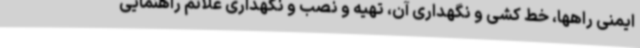
ایمنی راهها، خط کشی و نگهداری آن، تهیه و نصب و نگهداری علائم راهنمایی